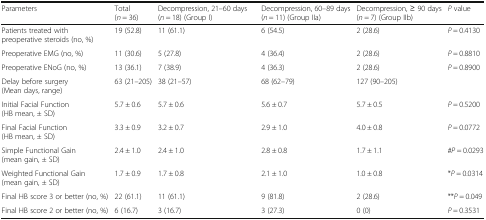
<table><thead><tr><td><b>Parameters</b></td><td><b>Total (<i>n</i> = 36)</b></td><td><b>Decompression, 21–60 days (<i>n</i> = 18) (Group I)</b></td><td><b>Decompression, 60–89 days (<i>n</i> = 11) (Group IIa)</b></td><td><b>Decompression, ≥ 90 days (<i>n</i> = 7) (Group IIb)</b></td><td><b><i>P</i> value</b></td></tr></thead><tbody><tr><td>Patients treated with preoperative steroids (no, %)</td><td>19 (52.8)</td><td>11 (61.1)</td><td>6 (54.5)</td><td>2 (28.6)</td><td><i>P</i> = 0.4130</td></tr><tr><td>Preoperative EMG (no, %)</td><td>11 (30.6)</td><td>5 (27.8)</td><td>4 (36.4)</td><td>2 (28.6)</td><td><i>P</i> = 0.8810</td></tr><tr><td>Preoperative ENoG (no, %)</td><td>13 (36.1)</td><td>7 (38.9)</td><td>4 (36.3)</td><td>2 (28.6)</td><td><i>P</i> = 0.8900</td></tr><tr><td>Delay before surgery (Mean days, range)</td><td>63 (21–205)</td><td>38 (21–57)</td><td>68 (62–79)</td><td>127 (90–205)</td><td></td></tr><tr><td>Initial Facial Function (HB mean, ± SD)</td><td>5.7 ± 0.6</td><td>5.7 ± 0.6</td><td>5.6 ± 0.7</td><td>5.7 ± 0.5</td><td><i>P</i> = 0.5200</td></tr><tr><td>Final Facial Function (HB mean, ± SD)</td><td>3.3 ± 0.9</td><td>3.2 ± 0.7</td><td>2.9 ± 1.0</td><td>4.0 ± 0.8</td><td><i>P</i> = 0.0772</td></tr><tr><td>Simple Functional Gain (mean gain, ± SD)</td><td>2.4 ± 1.0</td><td>2.4 ± 1.0</td><td>2.8 ± 0.8</td><td>1.7 ± 1.1</td><td>#<i>P</i> = 0.0293</td></tr><tr><td>Weighted Functional Gain (mean gain, ± SD)</td><td>1.7 ± 0.9</td><td>1.7 ± 0.8</td><td>2.1 ± 1.0</td><td>1.0 ± 0.8</td><td>*<i>P</i> = 0.0314</td></tr><tr><td>Final HB score 3 or better (no, %)</td><td>22 (61.1)</td><td>11 (61.1)</td><td>9 (81.8)</td><td>2 (28.6)</td><td>**<i>P</i> = 0.049</td></tr><tr><td>Final HB score 2 or better (no, %)</td><td>6 (16.7)</td><td>3 (16.7)</td><td>3 (27.3)</td><td>0 (0)</td><td><i>P</i> = 0.3531</td></tr></tbody></table>